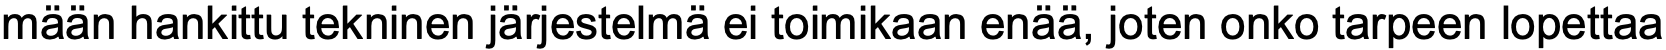
mään hankittu tekninen järjestelmä ei toimikaan enää, joten onko tarpeen lopettaa